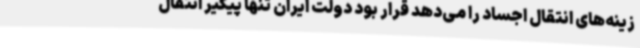
زینه‌های انتقال اجساد را می‌دهد قرار بود دولت ایران تنها پیگیر انتقال